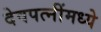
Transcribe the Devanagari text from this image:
देवपत्‍नींमध्ये